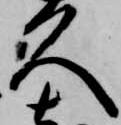
久